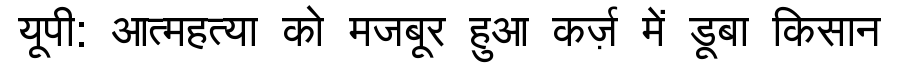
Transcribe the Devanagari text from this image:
यूपी: आत्महत्या को मजबूर हुआ कर्ज़ में डूबा किसान